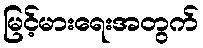
မြင့်မားရေးအတွက်